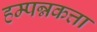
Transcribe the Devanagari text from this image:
हम्पन्नकत्ता